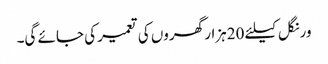
ورنگل کیلئے 20ہزار گھروں کی تعمیر کی جائے گی۔